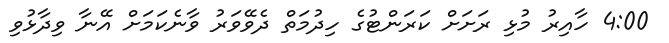
4:00 ހާއިރު މުޅި ރަށަށް ކަރަންޓުގެ ހިދުމަތް ދެވޭވަރު ވާނެކަމަށް އޭނާ ވިދާޅުވި